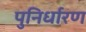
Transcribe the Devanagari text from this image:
पुनिर्धारण